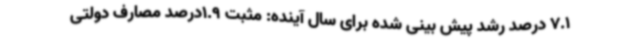
7.1 درصد رشد پیش بینی شده برای سال آینده: مثبت 1.9درصد مصارف دولتی